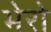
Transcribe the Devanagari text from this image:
भेरो